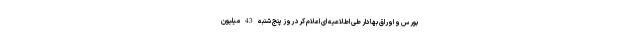
بورس و اوراق بهادار طی اطلاعیه ای اعلام کرد روز پنج شنبه 43 میلیون